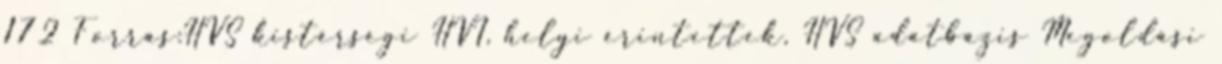
172 Forrás:HVS kistérségi HVI, helyi érintettek, HVS adatbázis Megoldási